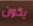
يكون